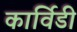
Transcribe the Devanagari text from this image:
कार्विडी